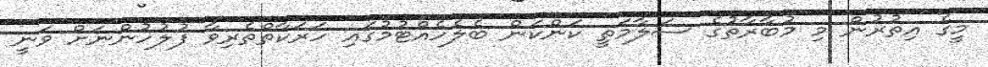
މީގެ އިތުރުން މި މުބާރާތުގެ ސަލާމަތީ ކަންކަން ބެލެހެއްޓުމުގައި ހަރަކާތްތެރިވާ ފުލުހުންނަށް ވަނީ